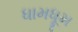
ધામધૂમ